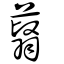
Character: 蘙